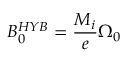
B _ { 0 } ^ { H Y B } = \frac { M _ { i } } { e } \Omega _ { 0 }